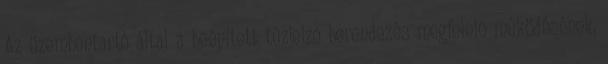
Az üzembentartó által a beépített tûzjelzõ berendezés megfelelõ mûködésének,